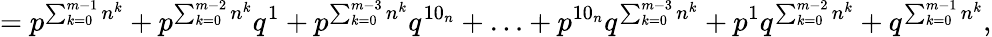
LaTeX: =p^{\sum_{k=0}^{m-1}n^{k}}+p^{\sum_{k=0}^{m-2}n^{k}}q^{1}+p^{\sum_{k=0}^{m-3}n^{k}}q^{10_{n}}+\ldots+p^{10_{n}}q^{\sum_{k=0}^{m-3}n^{k}}+p^{1}q^{\sum_{k=0}^{m-2}n^{k}}+q^{\sum_{k=0}^{m-1}n^{k}},